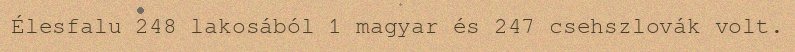
Élesfalu 248 lakosából 1 magyar és 247 csehszlovák volt.